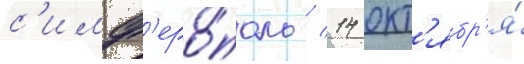
с'имф'еро́поль / 14 окт'ябр'я́